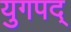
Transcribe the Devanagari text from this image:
युगपद्